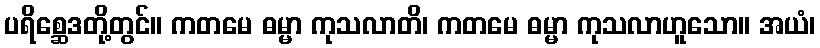
ပရိစ္ဆေဒတို့တွင်။ ကတမေ ဓမ္မာ ကုသလာတိ၊ ကတမေ ဓမ္မာ ကုသလာဟူသော။ အယံ၊